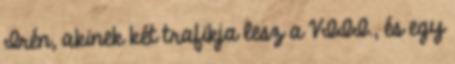
Irén, akinek két trafikja lesz a VIII., és egy